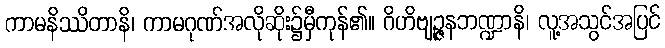
ကာမနိဿိတာနိ၊ ကာမဂုဏ်အလိုဆိုး၌မှီကုန်၏။ ဂိဟိဗျဉ္ဇနဘဏ္ဍာနိ၊ လူ့အသွင်အပြင်